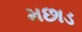
મછાડ